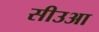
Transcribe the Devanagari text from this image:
सीउआ